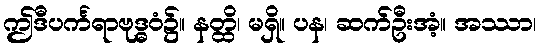
ဤဒီပင်္ကရာဗုဒ္ဓဝံ၌။ နတ္ထိ၊ မရှိ။ ပန၊ ဆက်ဦးအံ့။ အဿာ၊